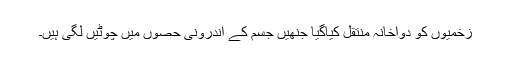
زخمیوں کو دواخانہ منتقل کیاگیا جنھیں جسم کے اندرونی حصوں میں چوٹیں لگی ہیں۔